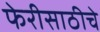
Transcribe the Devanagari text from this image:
फेरीसाठीचे